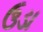
ઉડા